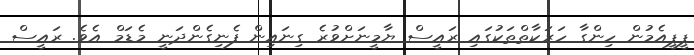
ޕީޕީއެމުން ހިންގާ ހަރަކާތްތަކުގައި ރައީސް ޔާމީނަށްވުރެ ގިނައިން ފެނިގެންދަނީ މެޑަމް އެވެ. ރައީސް